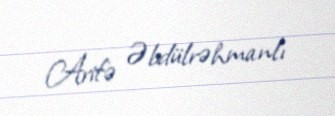
Arifə Əbdülrəhmanlı